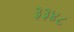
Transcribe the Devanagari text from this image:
३३४८